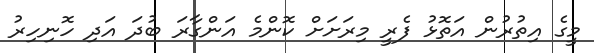
މީގެ އިތުރުން އަތޮޅު ފެރީ މިރަށަށް ކޮންމެ އަންގާރަ ބުދަ އަދި ހޮނިހިރު